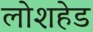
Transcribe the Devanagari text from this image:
लोशहेड